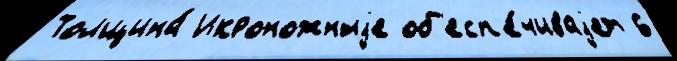
Толщина́ Икроножныjе об'есп'е́чиваjет 6